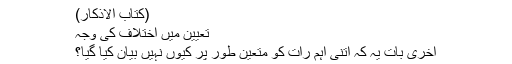
(کتاب الاذکار)
تعیین میں اختلاف کی وجہ
آخری بات یہ کہ اتنی اہم رات کو متعین طور پر کیوں نہیں بیان کیا گیا؟